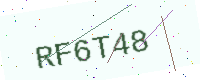
Text: RF6T48